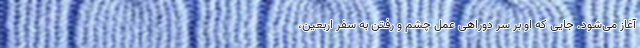
آغاز می‌شود. جایی که او بر سر دوراهی عمل چشم و رفتن به سفر اربعین،